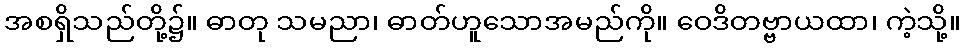
အစရှိသည်တို့၌။ ဓာတု သမညာ၊ ဓာတ်ဟူသောအမည်ကို။ ဝေဒိတဗ္ဗာယထာ၊ ကဲ့သို့။